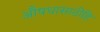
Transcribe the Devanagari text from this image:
औषधासाठीहि